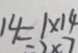
1 4 = 1 \times 1 4